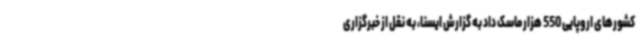
کشورهای اروپایی 550 هزار ماسک داد به گزارش ایسنا، به نقل از خبرگزاری